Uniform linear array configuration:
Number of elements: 64
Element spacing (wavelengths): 1
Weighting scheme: binomial
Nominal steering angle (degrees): -45
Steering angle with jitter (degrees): -45.612
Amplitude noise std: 0.05
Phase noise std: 0.05

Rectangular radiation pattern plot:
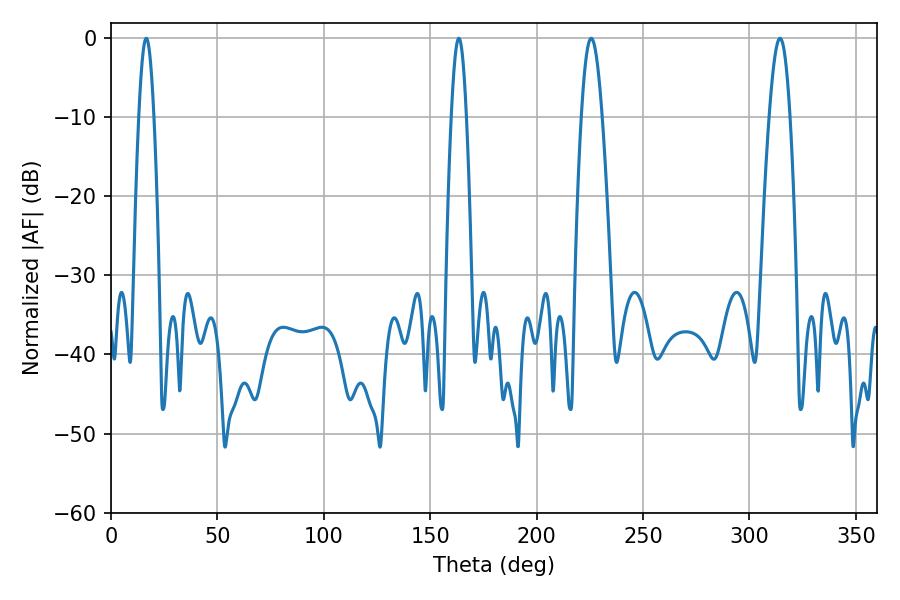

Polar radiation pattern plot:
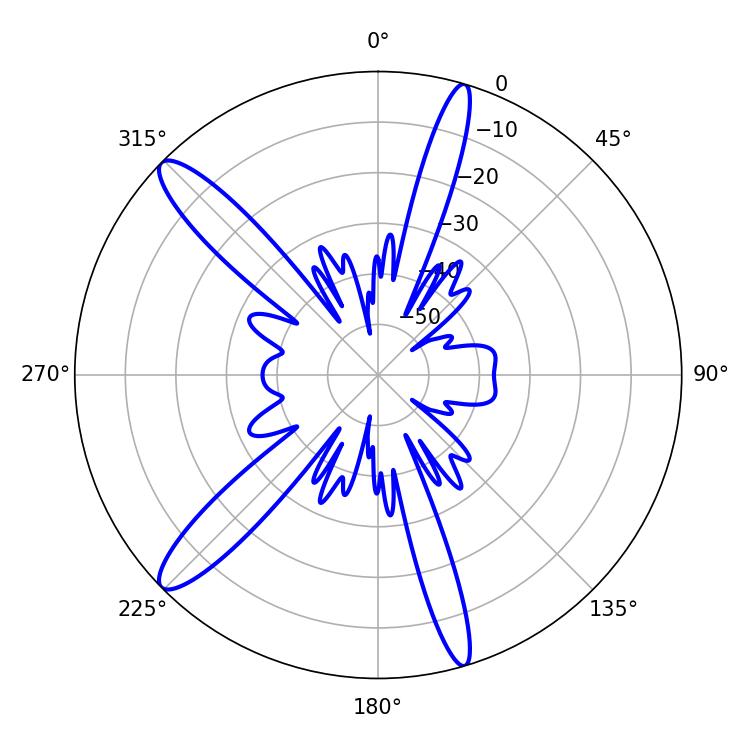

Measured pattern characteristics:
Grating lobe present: TRUE
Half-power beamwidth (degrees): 3.78
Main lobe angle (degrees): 16.56